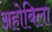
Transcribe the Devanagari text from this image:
अहोबिला